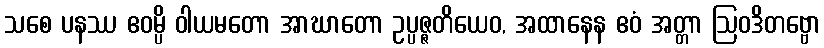
သစေ ပနဿ ဧဝမ္ပိ ဝါယမတော အာဃာတော ဥပ္ပဇ္ဇတိယေဝ, အထာနေန ဧဝံ အတ္တာ ဩဝဒိတဗ္ဗော